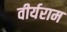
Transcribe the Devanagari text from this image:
वीर्यराम